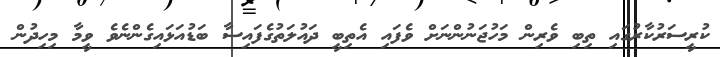
ކުރީސަރުކާރުގައި ތިބި ވެރިން މަހުޖަނުންނަށް ވެފައި އެތިބީ ދައުލަތުގެފައިސާ ބަޑުއަޅައިގެންނެވެ ވީމާ މިހިދުން